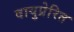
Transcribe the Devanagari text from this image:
वायुप्रेरित